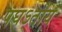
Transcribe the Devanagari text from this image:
पघऽतोय